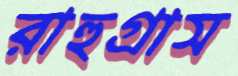
রাহুগ্রাস